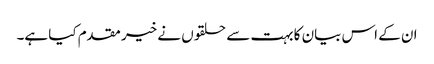
ان کے اس بیان کا بہت سے حلقوں نے خیر مقدم کیا ہے۔